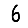
Digit: 6